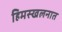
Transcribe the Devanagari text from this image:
हिमस्खलनात